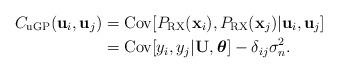
LaTeX: \begin{align*}C_{\mathrm{uGP}}(\mathbf{u}_{i},\mathbf{u}_{j}) & =\mathrm{Cov}[P_{\mathrm{RX}}(\mathbf{x}_{i}),P_{\mathrm{RX}}(\mathbf{x}_{j})\vert\mathbf{u}_{i},\mathbf{u}_{j}] \\ & =\textrm{Cov}[y_{i},y_{j}\vert\mathbf{U},\boldsymbol{\theta}]-\delta_{ij}\sigma_{n}^{2}.\end{align*}